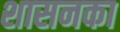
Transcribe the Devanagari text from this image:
शासनका